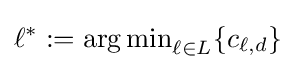
\ell ^{*}:=\mathrm {arg\,min} _{\ell \in L}\{c_{\ell ,d}\}